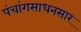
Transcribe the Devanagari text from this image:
पंचांगसाधनसार